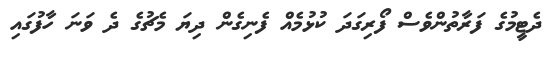
ދެޓީމުގެ ފަރާތުންވެސް ފޯރިގަދަ ކުޅުމެއް ފެނިގެން ދިޔަ މެޗުގެ ދެ ވަނަ ހާފުގައި